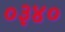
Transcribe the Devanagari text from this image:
०३४०